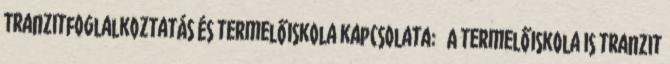
Tranzitfoglalkoztatás és termelőiskola kapcsolata:  A termelőiskola is tranzit